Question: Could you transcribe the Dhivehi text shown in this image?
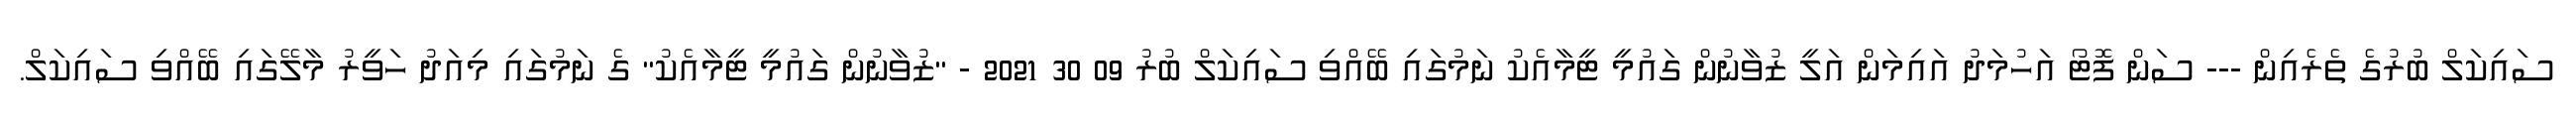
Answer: ސައިކަލް ބުރުގެ ތެރެއިން --- ސަން ފޮޓޯ އަހުމަދު އައިމަން އަލީ ޒުވާނުން ގައުމީ ޓީމާއެކު ނަމުގައި ބޭއްވި ސައިކަލް ބުރު 09 30 2021 - "ޒުވާނުން ގައުމީ ޓީމާއެކު" ގެ ނަމުގައި މިއަދު ހަވީރު މާލޭގައި ބޭއްވި ސައިކަލް.